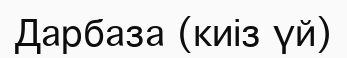
Дарбаза (киіз үй)